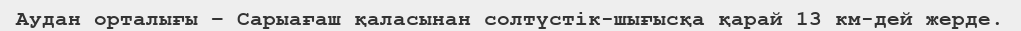
Аудан орталығы – Сарыағаш қаласынан солтүстік-шығысқа қарай 13 км-дей жерде.